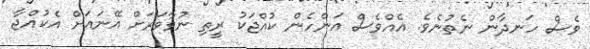
ވެސް ހަނދާން ނެތުނެވެ. އެއްވެސް އަންހެން ކުއްޖަކު ރީތި ނުވާވަރަށް އޭނައަށް އެކުއްޖާ